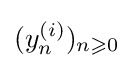
(y_{n}^{(i)})_{n\geqslant 0}